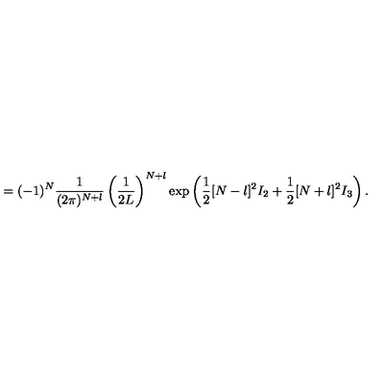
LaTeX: = ( - 1 ) ^ { N } \frac { 1 } { ( 2 \pi ) ^ { N + l } } \left( \frac { 1 } { 2 L } \right) ^ { N + l } \exp \left( \frac { 1 } { 2 } [ N - l ] ^ { 2 } I _ { 2 } + \frac { 1 } { 2 } [ N + l ] ^ { 2 } I _ { 3 } \right) .